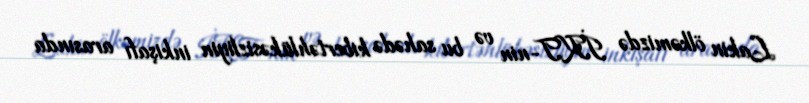
Lakin ölkəmizdə İKT-nin və bu sahədə kibertəhlükəsizliyin inkişafı arasında